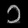
Digit: ၁